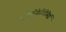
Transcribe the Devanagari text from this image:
हाइड्रोकेरिटेसिई